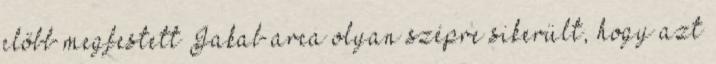
előbb megfestett Ja­kab arca olyan szépre sikerült, hogy azt